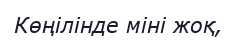
Көңілінде міні жоқ,